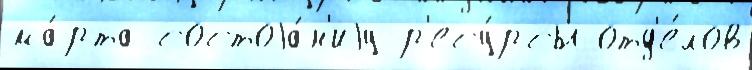
ма́рта состоjа́н'иjу р'есу́рсы отд'е́лов